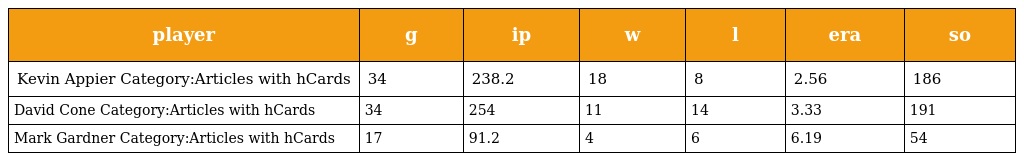
| player | g | ip | w | l | era | so |
 | --- | --- | --- | --- | --- | --- | --- |
 | Kevin Appier Category:Articles with hCards | 34 | 238.2 | 18 | 8 | 2.56 | 186 |
 | David Cone Category:Articles with hCards | 34 | 254 | 11 | 14 | 3.33 | 191 |
 | Mark Gardner Category:Articles with hCards | 17 | 91.2 | 4 | 6 | 6.19 | 54 |